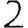
Digit: 2